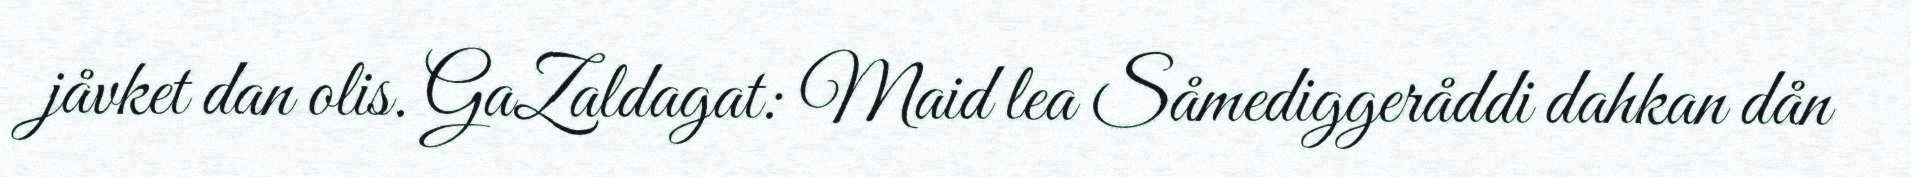
jåvket dan olis. GaZaldagat: Maid lea Såmediggeråddi dahkan dån